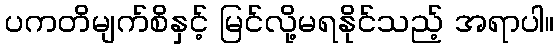
ပကတိမျက်စိနှင့် မြင်လို့မရနိုင်သည့် အရာပါ။